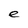
Character: e